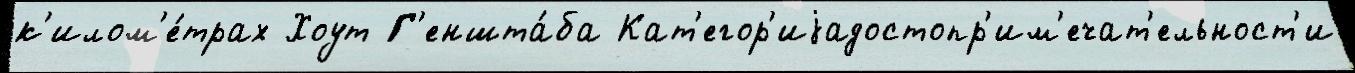
к'илом'е́трах Хоут Г'еншта́ба Кат'егор'иjадостопр'им'ечат'ельност'и